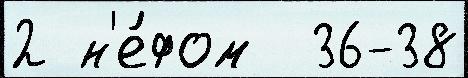
2 н'е́фом  36-38